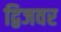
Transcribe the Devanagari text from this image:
द्विजवर